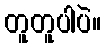
တူတူပါပဲ။